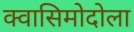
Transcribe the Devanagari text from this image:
क्वासिमोदोला